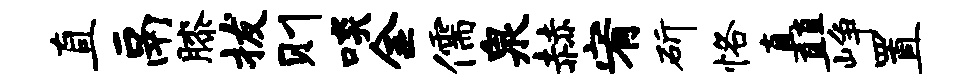
直鬲膝拔则啖金儒泉赫宥斫恪矗峥置